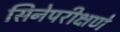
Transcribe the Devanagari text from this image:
सिनेपरीक्षणे